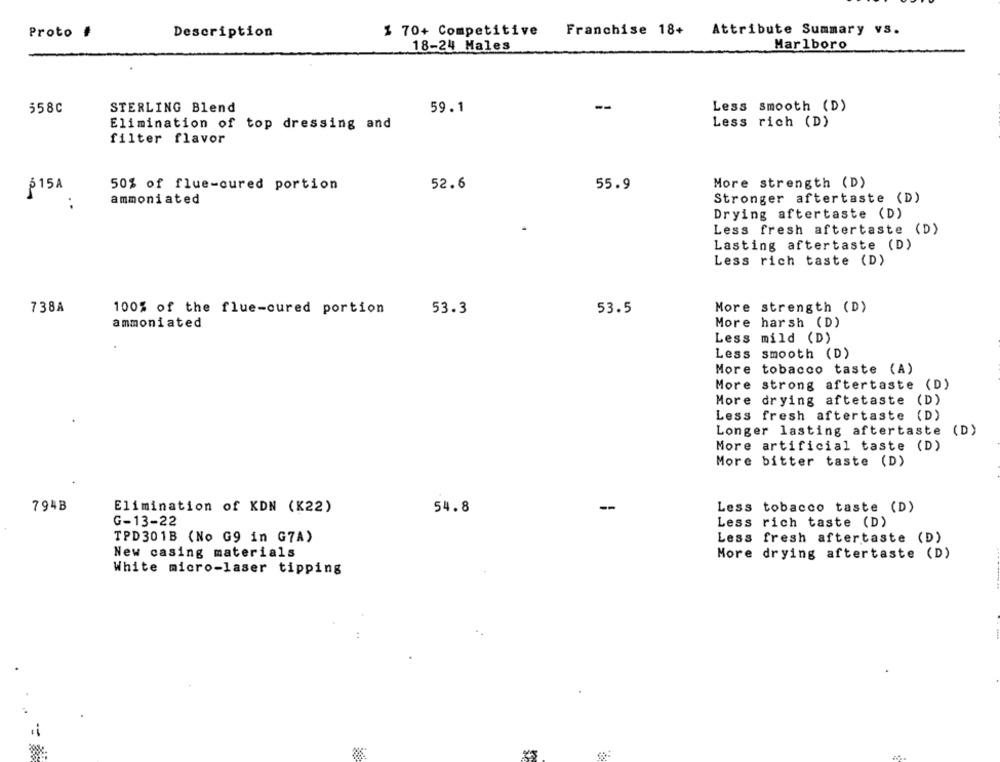
% 70+ Competitive
Franchise 18+ Attribute Summary vs.
Proto #
Description
18-24 Males
Marlboro
--
Less smooth (D)
558C
STERLING Blend
59.1
Less rich (D)
Elimination of top dressing and
filter flavor
More strength (D)
§ 15A
50% of flue-cured portion
52.6
55.9
Stronger aftertaste (D)
. .
ammoniated
Drying aftertaste (D)
Less fresh aftertaste (D)
Lasting aftertaste (D)
Less rich taste (D)
738A
100% of the flue-cured portion
53.3
53.5
More strength (D)
ammoniated
More harsh (D)
Less mild (D)
Less smooth (D)
More tobacco taste (A)
More strong aftertaste (D)
More drying aftetaste (D)
Less fresh aftertaste (D)
Longer lasting aftertaste (D)
More artificial taste (D)
More bitter taste (D)
794B
Elimination of KDN (K22)
54.8
--
Less tobacco taste (D)
G-13-22
Less rich taste (D)
TPD301B (No G9 in G7A)
Less fresh aftertaste (D)
New casing materials
More drying aftertaste (D)
White micro-laser tipping